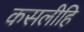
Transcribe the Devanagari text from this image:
कसलीहि